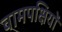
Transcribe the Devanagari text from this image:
वामपक्षियों